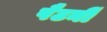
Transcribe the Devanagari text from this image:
पैटर्नी